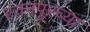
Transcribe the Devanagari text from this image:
रतनपूरच्या